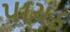
પાચક